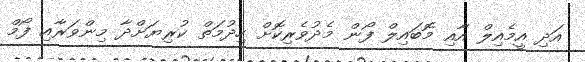
އަދި އީމެއިލް އާއި މޮބައިލް ފޯން މެދުވެރިކޮށް ހިދުމަތް ކުރިޔަށްދާ މިންވަރާއި ފޯމް